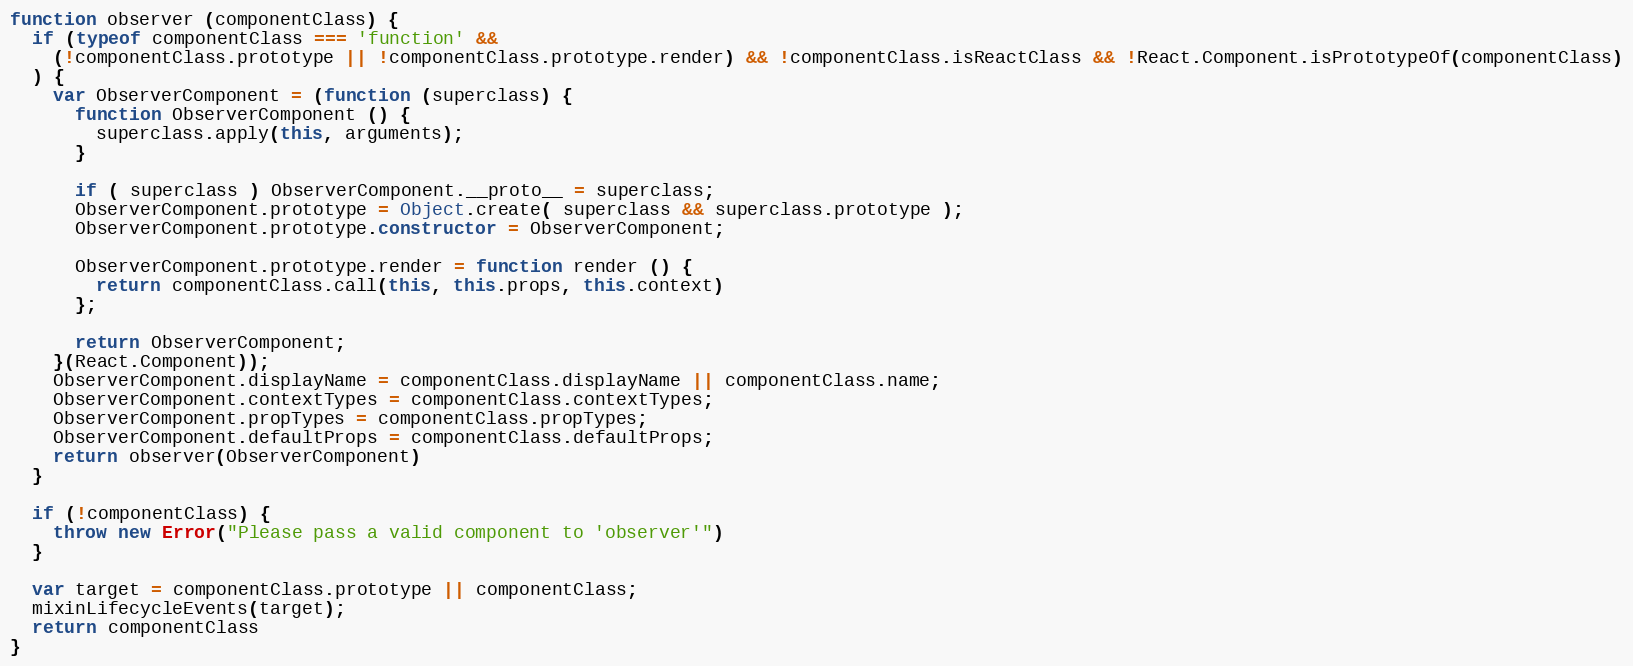
Language: JavaScript
function observer (componentClass) {
  if (typeof componentClass === 'function' &&
    (!componentClass.prototype || !componentClass.prototype.render) && !componentClass.isReactClass && !React.Component.isPrototypeOf(componentClass)
  ) {
    var ObserverComponent = (function (superclass) {
      function ObserverComponent () {
        superclass.apply(this, arguments);
      }

      if ( superclass ) ObserverComponent.__proto__ = superclass;
      ObserverComponent.prototype = Object.create( superclass && superclass.prototype );
      ObserverComponent.prototype.constructor = ObserverComponent;

      ObserverComponent.prototype.render = function render () {
        return componentClass.call(this, this.props, this.context)
      };

      return ObserverComponent;
    }(React.Component));
    ObserverComponent.displayName = componentClass.displayName || componentClass.name;
    ObserverComponent.contextTypes = componentClass.contextTypes;
    ObserverComponent.propTypes = componentClass.propTypes;
    ObserverComponent.defaultProps = componentClass.defaultProps;
    return observer(ObserverComponent)
  }

  if (!componentClass) {
    throw new Error("Please pass a valid component to 'observer'")
  }

  var target = componentClass.prototype || componentClass;
  mixinLifecycleEvents(target);
  return componentClass
}